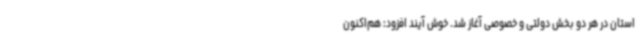
استان در هر دو بخش دولتی و خصوصی آغاز شد. خوش آیند افزود: هم‌اکنون